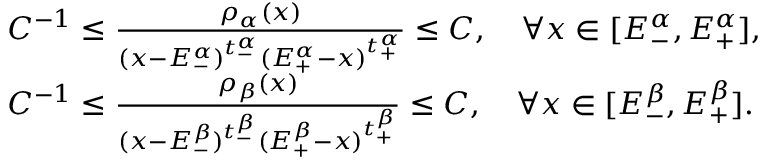
\begin{array} { r l } & { C ^ { - 1 } \leq \frac { \rho _ { \alpha } ( x ) } { ( x - E _ { - } ^ { \alpha } ) ^ { t _ { - } ^ { \alpha } } ( E _ { + } ^ { \alpha } - x ) ^ { t _ { + } ^ { \alpha } } } \leq C , \quad \forall x \in [ E _ { - } ^ { \alpha } , E _ { + } ^ { \alpha } ] , } \\ & { C ^ { - 1 } \leq \frac { \rho _ { \beta } ( x ) } { ( x - E _ { - } ^ { \beta } ) ^ { t _ { - } ^ { \beta } } ( E _ { + } ^ { \beta } - x ) ^ { t _ { + } ^ { \beta } } } \leq C , \quad \forall x \in [ E _ { - } ^ { \beta } , E _ { + } ^ { \beta } ] . } \end{array}